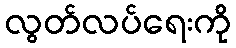
လွတ်လပ်ရေးကို